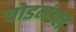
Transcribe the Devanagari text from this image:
चोडमंडल